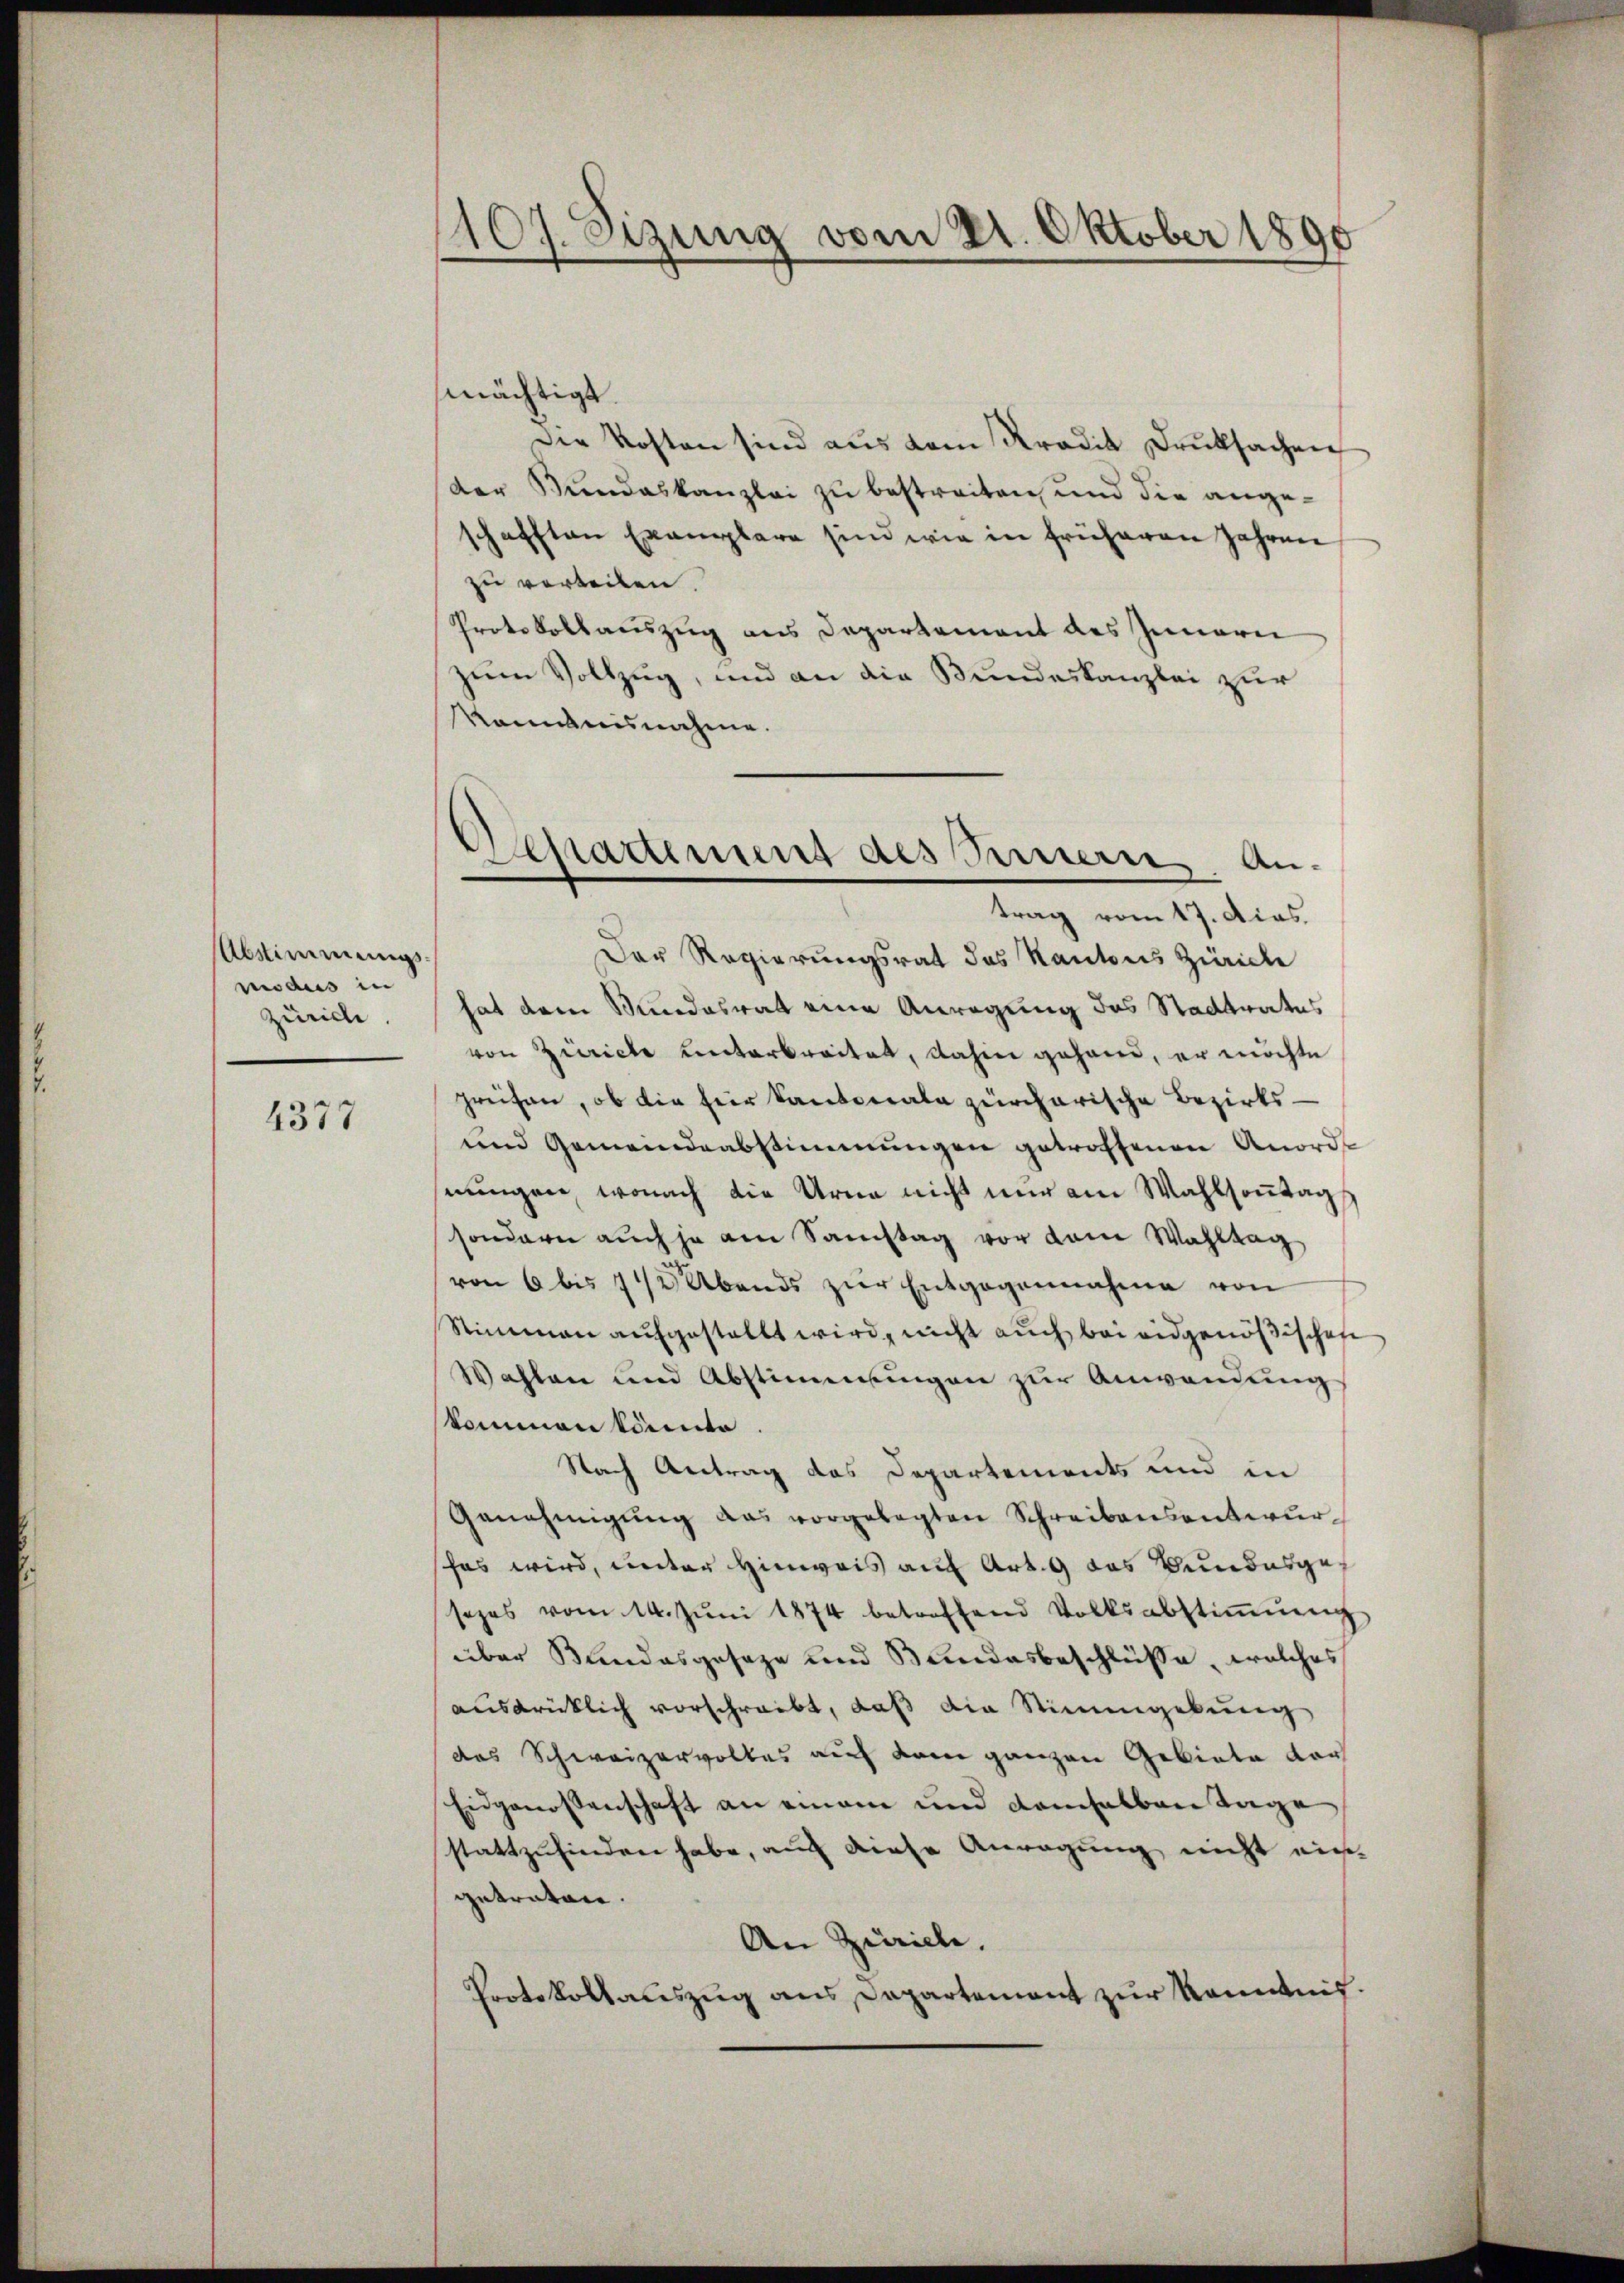
Abstimmungsmodus in
Zürich.

4377

107. Sizung vom 21. Oktober 1890

stadtiment des Innern, Antrag vom 17. dies

mächtigt.
Die Kosten sind aus dem Kradik Druksachen
der Bundeskanzlei zu bestreiten, und die angeschafften Exemplare sind wie in früheren Jahren
zu verteilen.
Protokollauszug aus Departement des Innern
zum Vollzug, und an die Bundeskanzlei zur
Manntnisnahme.
Der Regierungsrat das Kantons Zürich
hat dem Mundesrat eine Anregung des Stadtrates
von Zürich unterbreitet, dahin gehand, er möchte
greifen, ob die für Kantonale zürcherische Bezirks¬
und Gemeindeabstimmungen getroffenen Anorde
nungen, wonach die Urne nicht nur am Wahlsonntag
sondern auch ja am Samstag vor dem Wahltag
von 6 bis 742 Abends zŭr Entgegennahme von
Stimmen aufgestellt wird, nicht auch bei eidgenößischen
Wahlen und Abstimmungen zur Anwendung
skommen könte.
Nach Antrag des Departements und in
Genehmigŭng das vorgelegten Schreibensantwurhas wird, unter Hinweis auf Art. 9 das Bundesgesezes vom 14. Jŭni 1874 betroffend Volksabstiṁŭng
über Bundesgeseze und Bundesbeschlüsse, welches
ausdrücklich vorschreibt, daß die Stimmgebung
das Schweizervolles auch dem ganzen Gebiete dar
Eidgenossenschaft an einem und demselben Tage
stattzufinden habe, auch diese Anregung nicht ein-
getraten.
An Zuricli.
Protokollauszug aus Departement zur Kenntnis.